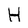
Character: H